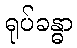
ရုပ်ခန္ဓာ